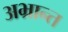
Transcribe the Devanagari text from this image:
अभ्रान्त